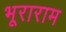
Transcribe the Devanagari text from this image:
भूराराम